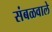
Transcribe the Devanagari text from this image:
संबळवाले